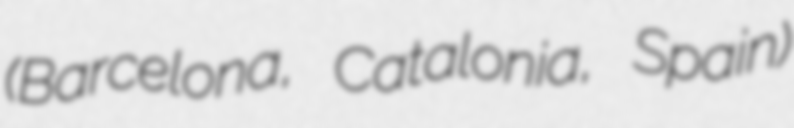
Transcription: (Barcelona, Catalonia, Spain)